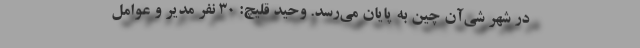
در شهر شی‌آن چین به پایان می‌رسد. وحید قلیچ: ۳۰ نفر مدیر و‌ عوامل